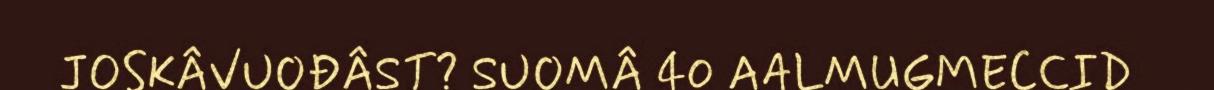
JOSKÂVUOĐÂST? SUOMÂ 40 AALMUGMECCID